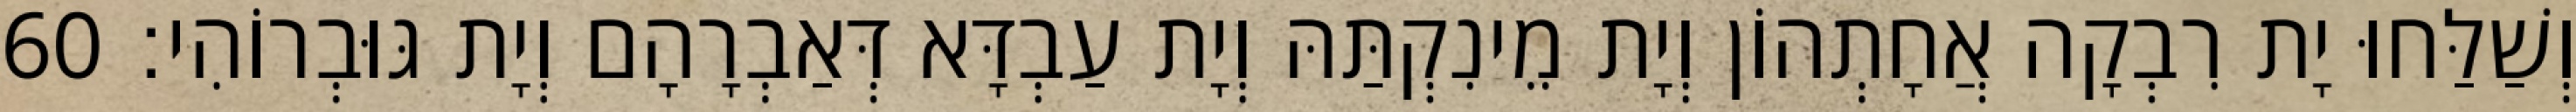
וְשַׁלַּחוּ יָת רִבְקָה אֲחָתְהוֹן וְיָת מֵינִקְתַּהּ וְיָת עַבְדָּא דְּאַבְרָהָם וְיָת גּוּבְרוֹהִי׃ 60